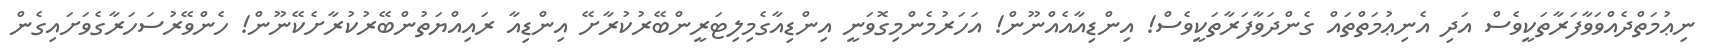
ނިޢުމަތްދެއްވަވާފަރާތަކީވެސް އަދި އެނިޢުމަތްތައް ގެންދަވާފަރާތަކީވެސް! އިންޑިއާއެއްނޫން! އަހަރުމެންމިގޮވަނީ އިންޑިއާގެމިލިޓަރީންބޭރުކުރާށޭ އިންޑިއާ ރައިއްޔަތުންބޭރުކުރާށެކޭނޫން! ހެންވޭރުސަހަރާގެވަށައިގެން